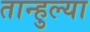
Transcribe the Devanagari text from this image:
तान्हुल्या